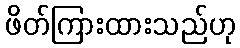
ဖိတ်ကြားထားသည်ဟု